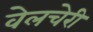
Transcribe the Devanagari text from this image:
वेलचेरी